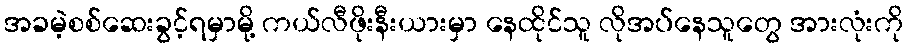
အခမဲ့စစ်ဆေးခွင့်ရမှာမို့ ကယ်လီဖိုးနီးယားမှာ နေထိုင်သူ လိုအပ်နေသူတွေ အားလုံးကို